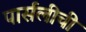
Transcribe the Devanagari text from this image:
पार्सलीची